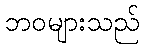
ဘဝများသည်